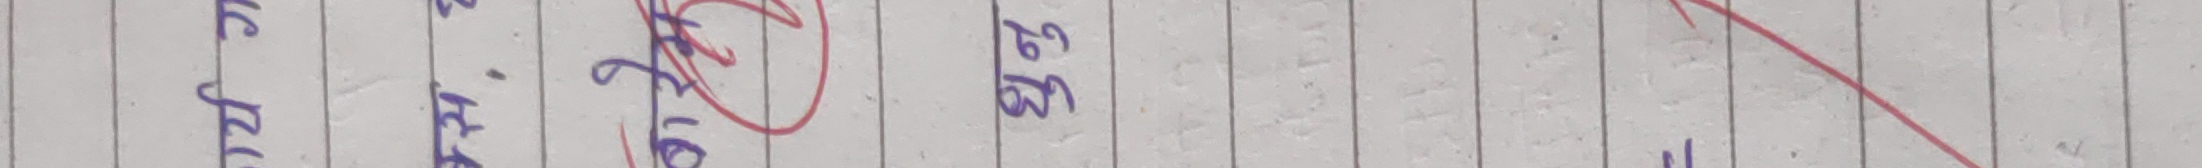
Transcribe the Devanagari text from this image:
३९६